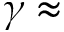
\gamma \approx